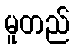
မူတည်